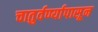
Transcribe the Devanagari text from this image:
चातुर्वर्ण्यापासून